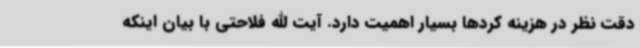
دقت نظر در هزینه کردها بسیار اهمیت دارد. آیت الله فلاحتی با بیان اینکه